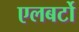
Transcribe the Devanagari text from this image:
एलबर्टो